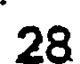
28